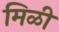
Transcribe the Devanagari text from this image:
मिळी